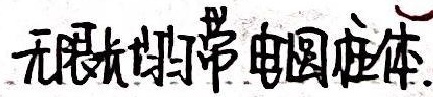
无限大均匀带电圆柱体